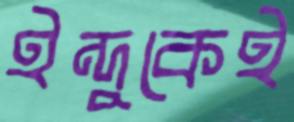
ইন্দুকেই